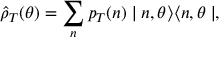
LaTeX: \hat { \rho } _ { T } ( \theta ) = \sum _ { n } p _ { T } ( n ) \mid n , \theta \rangle \langle n , \theta \mid ,